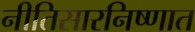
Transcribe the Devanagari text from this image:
नीतिसारनिष्णात